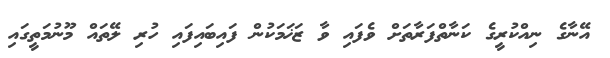
އޭނާގެ ނިއްކުރީގެ ކަނާތްފަރާތަށް ވެފައި ވާ ޒަޚަމަކުން ފައިބައިފައި ހުރި ލޭތައް މޫނުމަތީގައި